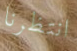
انتظرنا